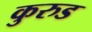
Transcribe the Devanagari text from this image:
कुरुड